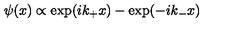
\psi ( x ) \propto \exp ( i k _ { + } x ) - \exp ( - i k _ { - } x )